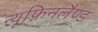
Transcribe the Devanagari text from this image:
न्यूफ़िनलैण्ड